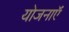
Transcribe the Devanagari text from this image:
योजनाऍं